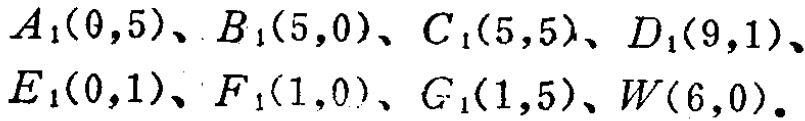
$A_1(0,5)、B_1(5,0)、C_1(5,5)、D_1(9,1)、E_1(0,1)、F_1(1,0)、G_1(1,5)、W(6,0)。$